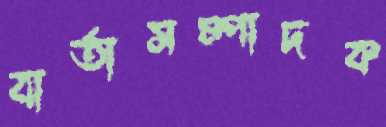
বার্তাসম্পাদক